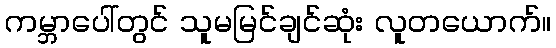
ကမ္ဘာပေါ်တွင် သူမမြင်ချင်ဆုံး လူတယောက်။